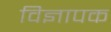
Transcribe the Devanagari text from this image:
विज्ञापक